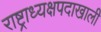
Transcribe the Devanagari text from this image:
राष्ट्राध्यक्षपदाखाली